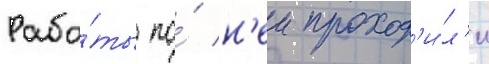
Рабо́ты по́ н'еи проход'и́л'и